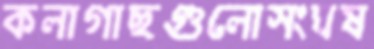
কলাগাছগুলোসংঘষ